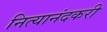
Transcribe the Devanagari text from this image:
नित्यानंदकरी